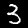
Label: 3